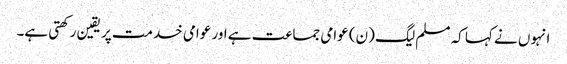
انہوں نے کہا کہ مسلم لیگ (ن) عوامی جماعت ہے اور عوامی خدمت پر یقین رکھتی ہے۔